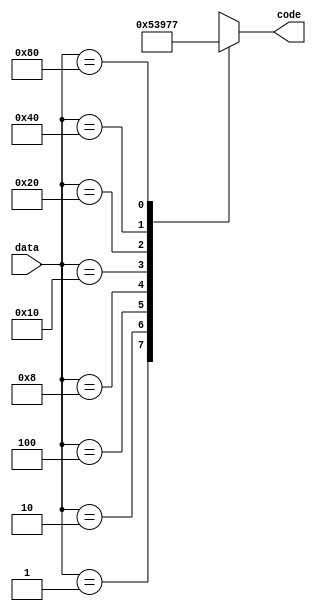
module Encoder8x3(output reg [2:0] code, input [7:0] data);
always @(*)
begin
  case(data)
	8'b0000_0001: code = 3'b000;
	8'b0000_0010: code = 3'b001;
	8'b0000_0100: code = 3'b010;
	8'b0000_1000: code = 3'b011;
	8'b0001_0000: code = 3'b100;
	8'b0010_0000: code = 3'b101;
	8'b0100_0000: code = 3'b110;
	8'b1000_0000: code = 3'b111;
	default: code = 3'bxxx;
  endcase
end
endmodule